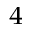
_ 4